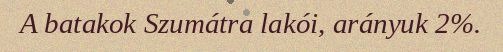
A batakok Szumátra lakói, arányuk 2%.